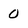
Character: 0